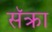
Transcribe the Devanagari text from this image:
सॅक्रा